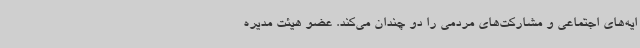
ایه‌های اجتماعی و مشارکت‌های مردمی را دو چندان می‌کند. عضو هیئت مدیره